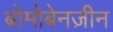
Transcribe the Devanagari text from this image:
ब्रोमोबेनज़ीन